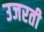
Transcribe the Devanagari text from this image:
उजरती